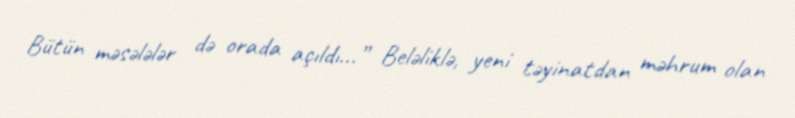
Bütün məsələlər də orada açıldı...” Beləliklə, yeni təyinatdan məhrum olan